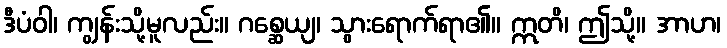
ဒီပံဝါ၊ ကျွန်းသို့မူလည်း။ ဂစ္ဆေယျ၊ သွားရောက်ရာ၏။ ဣတိ၊ ဤသို့။ အာဟ၊